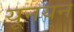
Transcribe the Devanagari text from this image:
यूनयन